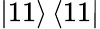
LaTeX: \left|11\right\rangle\left\langle 11\right|